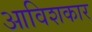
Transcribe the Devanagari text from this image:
आविशकार